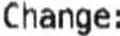
CHANGE: